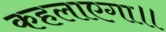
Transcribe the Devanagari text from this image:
कहलाएगा॥